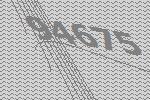
94675